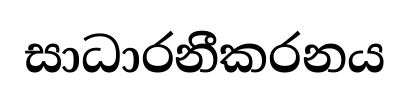
සාධාරනීකරනය